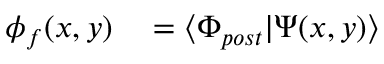
\begin{array} { r l } { \phi _ { f } ( x , y ) } & { { } = \langle \Phi _ { p o s t } | \Psi ( x , y ) \rangle } \end{array}